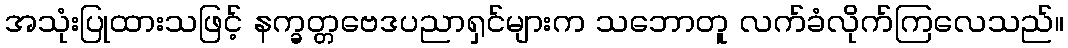
အသုံးပြုထားသဖြင့် နက္ခတ္တဗေဒပညာရှင်များက သဘောတူ လက်ခံလိုက်ကြလေသည်။